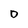
Character: D